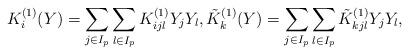
LaTeX: \begin{align*} { K}^{(1)}_i(Y)= \sum_{j \in I_p} \sum_{l \in I_p} K_{ijl}^{(1)} Y_{j} Y_{l}, \tilde { K}_k^{(1)}(Y)= \sum_{j\in I_p} \sum_{l \in I_p} \tilde K_{kjl}^{(1)} Y_{j} Y_{l},\end{align*}